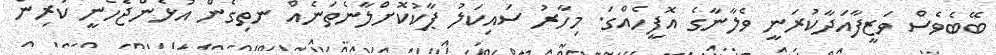
ބޭބެވެސް ވަޒީފާއަދާކުރަނީ ވެލާނާގެ އޮފީހެއްގަ. މިހާރު ސައިކަލު ޕާކުކޮށްލާނެތަނެއް ނތިގެން އުޅެންޖެހެނީ ކުރިން